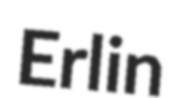
Erlin